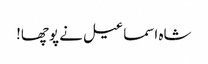
شاہ اسماعیل نے پوچھا!